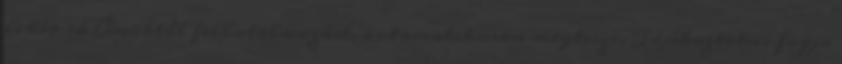
is kér rá Önöktől felhatalmazást, automatikusan megteszi. Tájékoztatni fogja